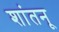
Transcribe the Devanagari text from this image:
शांतनू